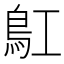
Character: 𩾬